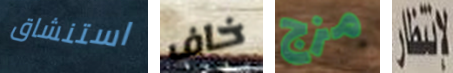
استنشاق خاف مزج لانتظار